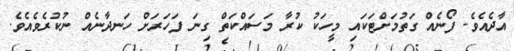
އާދެއެވެ. ފޯނެއް ގަތުމަށްޓަކައި މީހަކު ކުރާ މަސައްކަތް ގިނަ ފަހަރަށް ހަނދާނެއް ނުކުރެވެއެވެ.